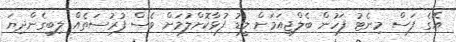
އޭގެ ފަސް މިނެޓު ފަހުން ބެލްޖިއަމަށް ލީޑު ފުޅާކޮށްލުމަށް ވެސް ފުރުސަތެއް ލިބިގެންދިޔަ